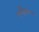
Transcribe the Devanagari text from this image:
एब्स्रैक्शन